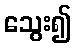
သွေး၍